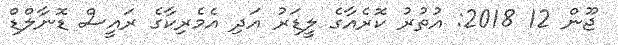
ޖޫން 12 2018: އުތުރު ކޮރެއާގެ ލީޑަރު އަދި އެމެރިކާގެ ރައީސް ޑޮނާލްޑް